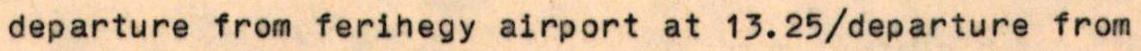
departure from ferihegy airport at 13.25/departure from